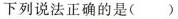
下列说法正确的是()